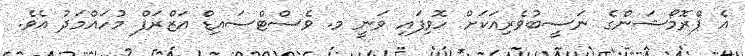
އެ ޕްރޮމޯޝަންގެ ނަސީބުވެރިއަކަށް ހޮވިފައި ވަނީ މ. ވެސްޓްސައިޑް އަޒްރަފް މުހައްމަދު އެވެ.